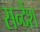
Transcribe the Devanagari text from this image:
सन्देंश